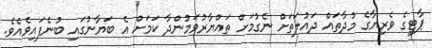
ޕާޓީގެ ވެރިޔާގެ މުދާތައް ދައުލަތަށް ނެގުމަށް ތައްޔާރުވަމުންދާ ކަމަށް އެ ބަޔާނުގައި ބުނެފައިވެއެވެ.